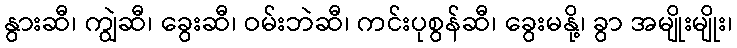
နွားဆီ၊ ကျွဲဆီ၊ ခွေးဆီ၊ ဝမ်းဘဲဆီ၊ ကင်းပုစွန်ဆီ၊ ခွေးမနို့၊ ခွာ အမျိုးမျိုး၊